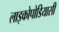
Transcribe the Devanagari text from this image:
लाइकोपोडियासी